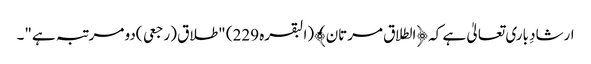
ارشادِ باری تعالیٰ ہے کہ ﴿الطلاق مرتان﴾(البقرہ 229) "طلاق (رجعی )دو مرتبہ ہے"۔